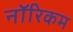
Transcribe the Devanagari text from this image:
नॉरिकम